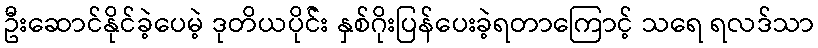
ဦးဆောင်နိုင်ခဲ့ပေမဲ့ ဒုတိယပိုင််း နှစ်ဂိုးပြန်ပေးခဲ့ရတာကြောင့် သရေ ရလဒ်သာ